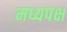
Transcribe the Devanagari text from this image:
मध्यपक्ष